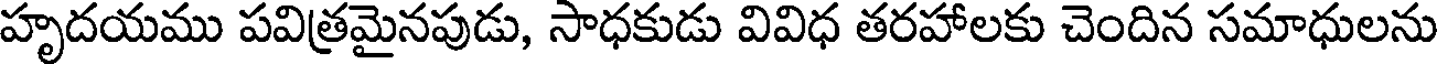
హృదయము పవిత్రమైనపుడు, సాధకుడు వివిధ తరహాలకు చెందిన సమాధులను